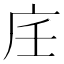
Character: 𢇦